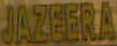
JAZEERA